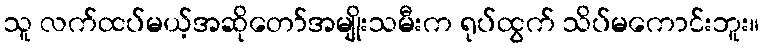
သူ လက်ထပ်မယ့်အဆိုတော်အမျိုးသမီးက ရုပ်ထွက် သိပ်မကောင်းဘူး။